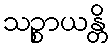
သဉ္စာယန္တိ